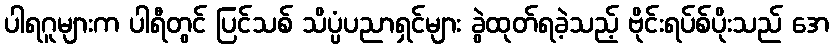
ပါရဂူများက ပါရီတွင် ပြင်သစ် သိပ္ပံပညာရှင်များ ခွဲထုတ်ရခဲ့သည့် ဗိုင်းရပ်စ်ပိုးသည် အေ